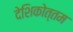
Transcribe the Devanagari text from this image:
देशिकोत्तम